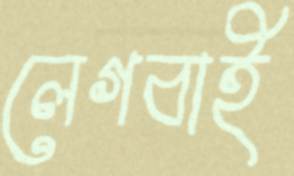
লেগবাই